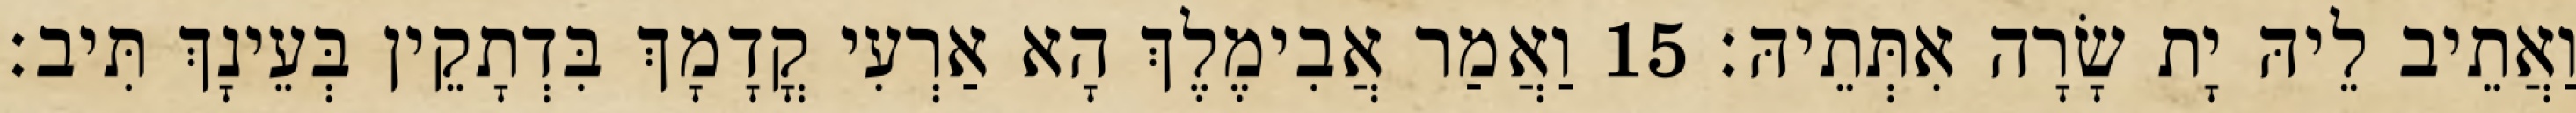
וַאֲתֵיב לֵיהּ יָת שָׂרָה אִתְּתֵיהּ׃ 15 וַאֲמַר אֲבִימֶלֶךְ הָא אַרְעִי קֳדָמָךְ בִּדְתָקֵין בְּעֵינָךְ תִּיב׃